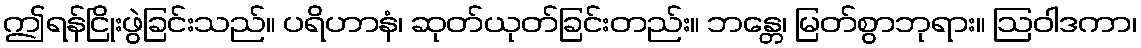
ဤရန်ငြိုးဖွဲခြင်းသည်။ ပရိဟာနံ၊ ဆုတ်ယုတ်ခြင်းတည်း။ ဘန္တေ၊ မြတ်စွာဘုရား။ ဩဝါဒကာ၊